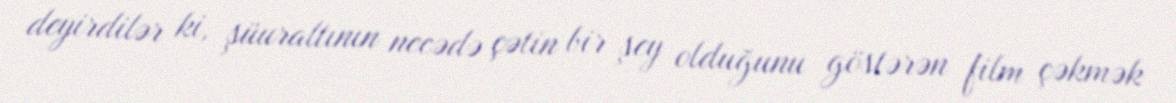
deyirdilər ki, şüuraltının necədə çətin bir şey olduğunu göstərən film çəkmək